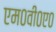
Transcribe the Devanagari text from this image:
एम०वी०ए०